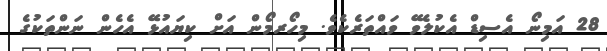
28 އަމިނޯ އެސިޑް އެކުލެވޭ ވައްތަރެކެވެ. މިހޯރމޯން އަށް ކިޔައުޅޭ އެހެން ނަންތަކުގެ